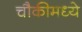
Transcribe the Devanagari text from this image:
चौकीमध्ये